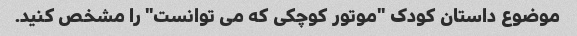
موضوع داستان کودک "موتور کوچکی که می توانست" را مشخص کنید.